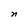
Character: n